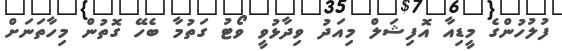
ފުލުހުންގެ މީޑިއާ އޮފިޝަލް މިއަދު ވިދާޅުވީ ވޯޓު ގަތުމާ ބެހޭ ގޮތުން މިހާތަނަށް